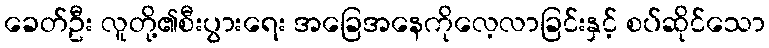
ခေတ်ဦး လူတို့၏စီးပွားရေး အခြေအနေကိုလေ့လာခြင်းနှင့် စပ်ဆိုင်သော